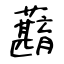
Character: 蘛